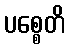
ပစ္စေတိ